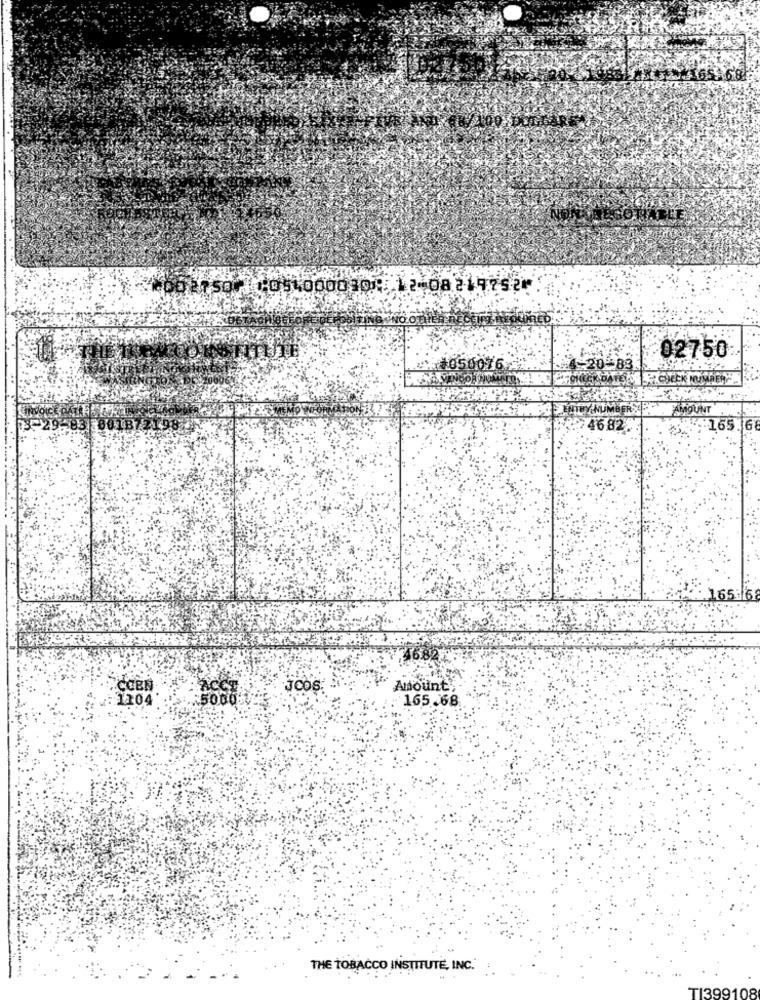
2.165-68
<60815011109100003001. 12408219752⑈
02750
14050076
4-20-83
AMOUNT
: 46.82
4. 165. 6
165 6
COEN
ACCE
Amount',
1104
... 5000
165.68
THE TOBACCO INSTITUTE, INC."
TI3991